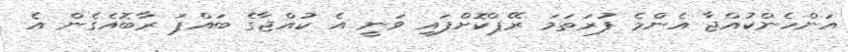
އަންހެންކުއްޖާ އެންމެ ފުރަތަމަ ރޭޕްކޮށްފައި ވަނީ އެ ކުއްޖާގެ ބައްޕަ ރާބޮއެގެން އެ